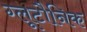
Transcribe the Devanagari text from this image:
ग्लूटौनिक